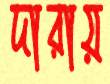
দারায়